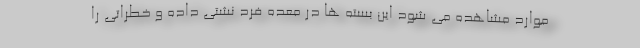
موارد مشاهده می شود این بسته ها در معده فرد نشتی داده و خطراتی را